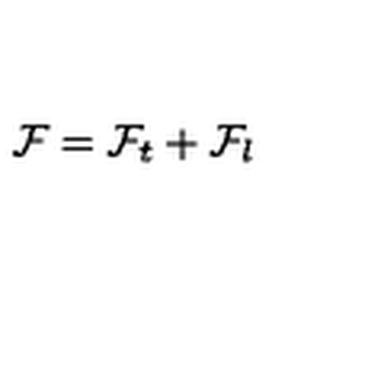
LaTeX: { \mathcal F } = { \mathcal F } _ { t } + { \mathcal F } _ { l }